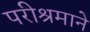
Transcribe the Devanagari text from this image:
परीश्रमाने